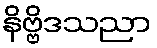
နိဗ္ဗိဒသညာ